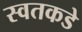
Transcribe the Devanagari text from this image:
स्वतकडे